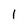
Character: I